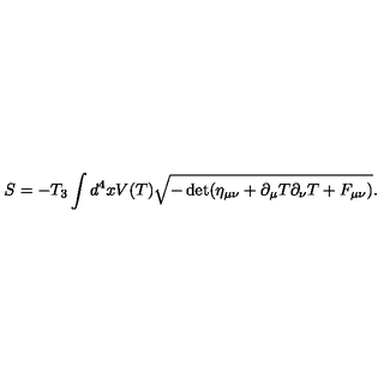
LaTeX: S = - T _ { 3 } \int d ^ { 4 } x V ( T ) \sqrt { - \det ( \eta _ { \mu \nu } + \partial _ { \mu } T \partial _ { \nu } T + F _ { \mu \nu } ) } .